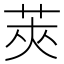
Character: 莢